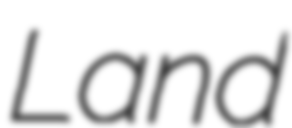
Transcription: Land